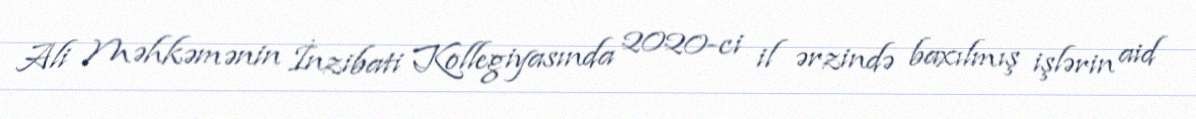
Ali Məhkəmənin İnzibati Kollegiyasında 2020-ci il ərzində baxılmış işlərin aid